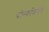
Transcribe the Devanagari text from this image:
फोल्कफिरांडे